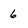
Character: 6